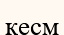
қесм